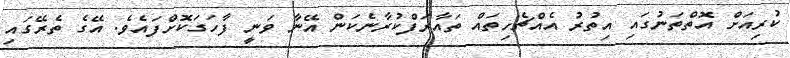
ކުރިއަށް އޮތްތަނުގައި އިތުރު އެއްޗެހިތައް ތައާރަފްކުރާނެކަން އޭނާ ވަނީ ފާހަގަކޮށްފައެވެ. އޭގެ ތެރޭގައި